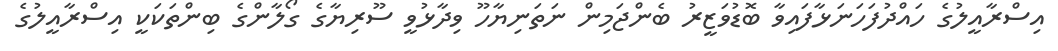
އިސްރާއީލުގެ ހައްދުފަހަނަޅާފައިވާ ބޮޑުވަޒީރު ބެންޖަމިން ނަތަނިޔާހޫ ވިދާޅުވީ ސޫރިޔާގެ ގޯލާންގެ ބިންތަކަކީ އިސްރާއީލުގެ